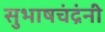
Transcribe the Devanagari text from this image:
सुभाषचंद्रंनी